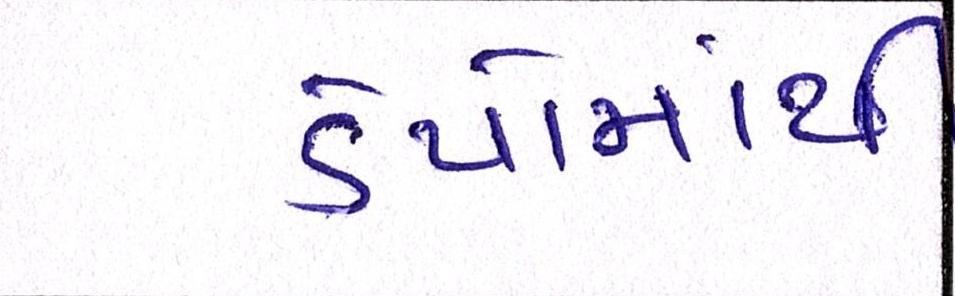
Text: ડેપોમાંથી